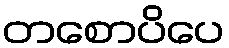
တစောပိပေ